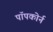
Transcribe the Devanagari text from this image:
पॉपकोर्न